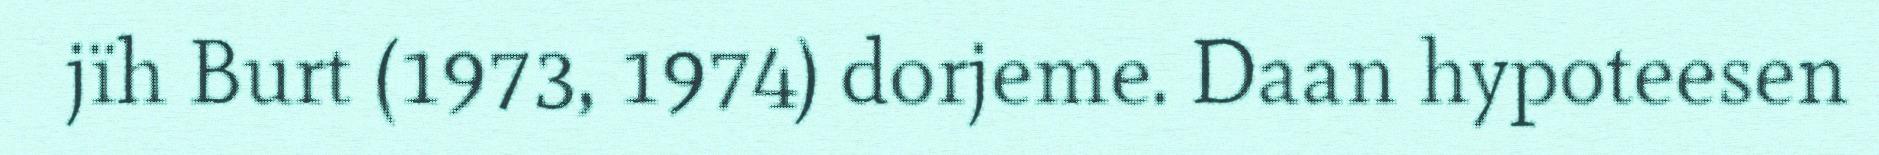
jïh Burt (1973, 1974) dorjeme. Daan hypoteesen